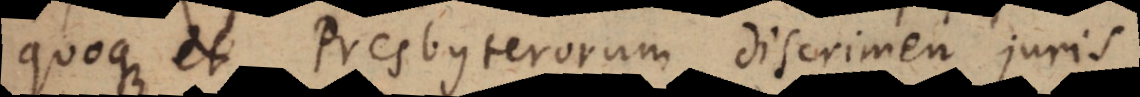
quoque et Presbyterorum discrimen juris